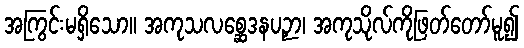
အကြွင်းမရှိသော။ အကုသလစ္ဆေဒနပဉှာ၊ အကုသိုလ်ကိုဖြတ်တော်မူ၍